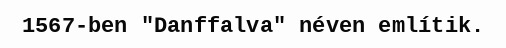
1567-ben "Danffalva" néven említik.